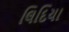
લિદિયા